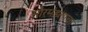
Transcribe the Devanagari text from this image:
सौरमंडलाचा